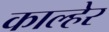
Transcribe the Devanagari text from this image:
काल्हेर